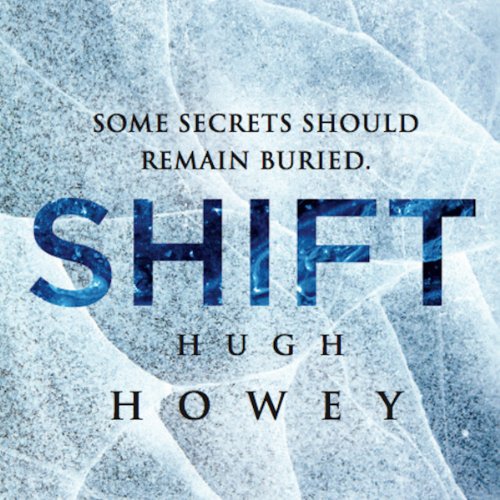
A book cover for Shift Omnibus Edition: Shift 1-3, Silo Saga; Hugh Howey; Science Fiction & Fantasy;